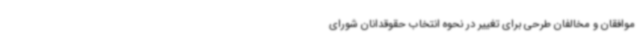
موافقان و مخالفان طرحی برای تغییر در نحوه انتخاب حقوقدانان شورای